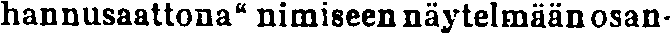
hannusaattona'' nimiseen näytelmään osan-